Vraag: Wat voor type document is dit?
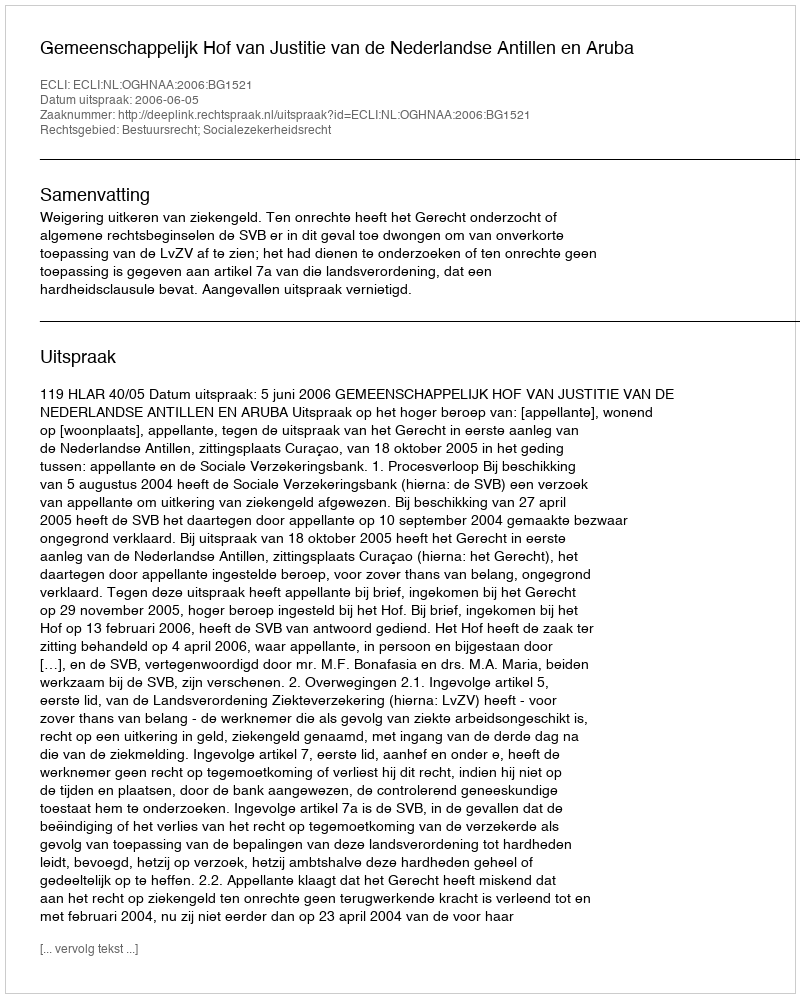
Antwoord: Uitspraak